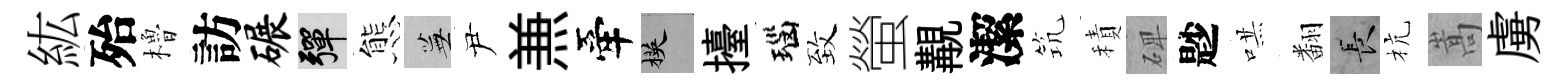
紘殆櫓訪碾彈態蕪尹𠔥牽楧擡瑙致螢覯潔𥬑積𥓓尟哄翻长杭嵩虜